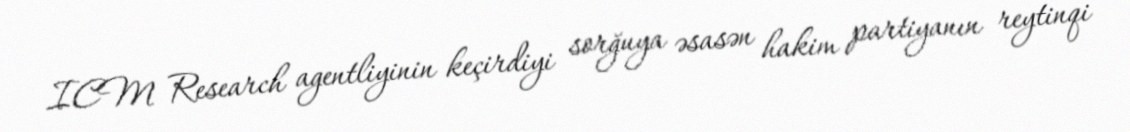
ICM Research agentliyinin keçirdiyi sorğuya əsasən hakim partiyanın reytinqi